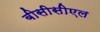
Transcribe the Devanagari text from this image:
बीसीसीएल